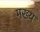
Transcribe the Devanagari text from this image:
मख्य